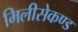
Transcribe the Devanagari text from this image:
मिलीसेकण्ड